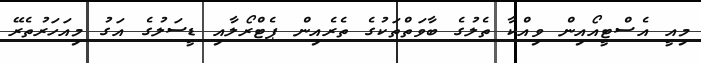
މިއީ އެސްޓީއޯއިން ވިއްކާ ތެލުގެ ބާވަތްތަކުގެ ތެރެއިން ޕެޓްރޯލާއި ޑީސަލުގެ އަގު މިއަހަރުތެރޭ